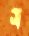
স